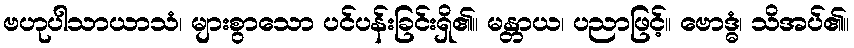
ဗဟုပါသာယာသံ၊ များစွာသော ပင်ပန်းခြင်းရှိ၏။ မန္တာယ၊ ပညာဖြင့်။ ဗောဒ္ဓံ၊ သိအပ်၏။